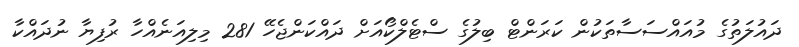
ދައުލަތުގެ މުއައްސަސާތަކުން ކަރަންޓް ބިލުގެ ސްޓެލްކޯއަށް ދައްކަންޖެހޭ 281 މިލިއަނެއްހާ ރުފިޔާ ނުދައްކާ